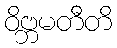
ဝိဗ္ဘမတီတိ